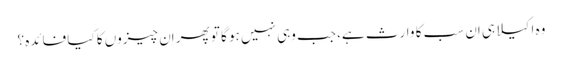
وہ اکیلا ہی اِن سب کا وارث ہے، جب وہی نہیں ہو گا تو پھر اِن چیزوں کا کیا فائدہ ؟